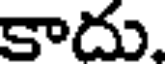
కాదు.